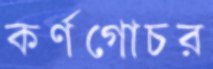
কর্ণগোচর